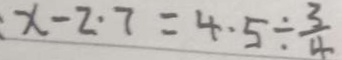
: x - 2 . 7 = 4 . 5 \div \frac { 3 } { 4 }